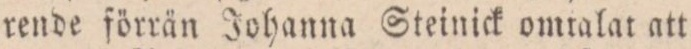
rende förrän Johanna Steinick omtalat att